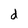
Character: d